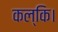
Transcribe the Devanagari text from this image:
कल्कि।